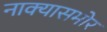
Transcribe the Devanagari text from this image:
नाक्‍यासमोर